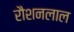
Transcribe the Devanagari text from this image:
रौशनलाल